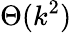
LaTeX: \Theta(k^{2})